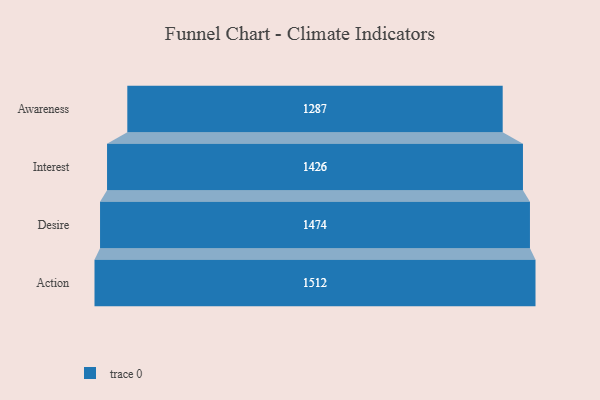
{"axis": {"x": "Stage", "y": "Value"}, "legend": [""], "data": [{"x": "Awareness", "y": 1287.0, "type": ""}, {"x": "Interest", "y": 1426.0, "type": ""}, {"x": "Desire", "y": 1474.0, "type": ""}, {"x": "Action", "y": 1512.0, "type": ""}]}